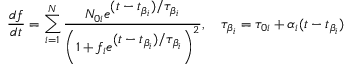
\frac { d f } { d t } = \sum _ { i = 1 } ^ { N } \displaystyle \frac { N _ { 0 i } e ^ { \displaystyle ( t - t _ { \beta _ { i } } ) / \tau _ { \beta _ { i } } } } { \left( 1 + f _ { i } e ^ { \displaystyle ( t - t _ { \beta _ { i } } ) / \tau _ { \beta _ { i } } } \right) ^ { 2 } } , ~ ~ ~ \tau _ { \beta _ { i } } = \tau _ { 0 i } + \alpha _ { i } ( t - t _ { \beta _ { i } } )